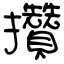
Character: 攢